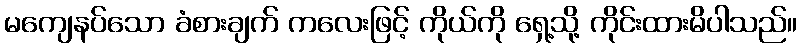
မကျေနပ်သော ခံစားချက် ကလေးဖြင့် ကိုယ်ကို ရှေ့သို့ ကိုင်းထားမိပါသည်။